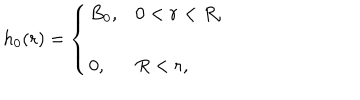
LaTeX: h _ { 0 } ( r ) = \left\{ \begin{array} { l l } { { \displaystyle B _ { 0 } , } } & { { 0 < r < R , } } \\ { { \displaystyle 0 , } } & { { R < r , } } \\ \end{array} \right.